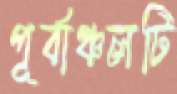
পূর্বাঞ্চলটি